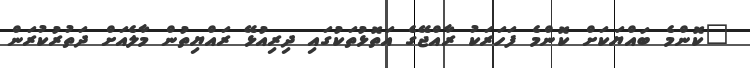
"ކޮންމެ ބައްޔަކަށް ކޮންމެ ފަހަރަކު ރާއްޖޭގެ އަތޮޅުތަކުގައި ދިރިއުޅޭ ރައްޔިތުން މާލެއަށް ދަތުރުކުރަން